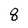
Character: 8